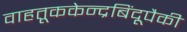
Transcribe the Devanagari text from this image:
वाहतूककेन्द्रबिंदूपैकी